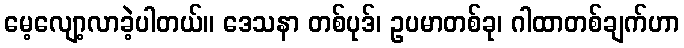
မေ့လျော့လာခဲ့ပါတယ်။ ဒေသနာ တစ်ပုဒ်၊ ဥပမာတစ်ခု၊ ဂါထာတစ်ချက်ဟာ